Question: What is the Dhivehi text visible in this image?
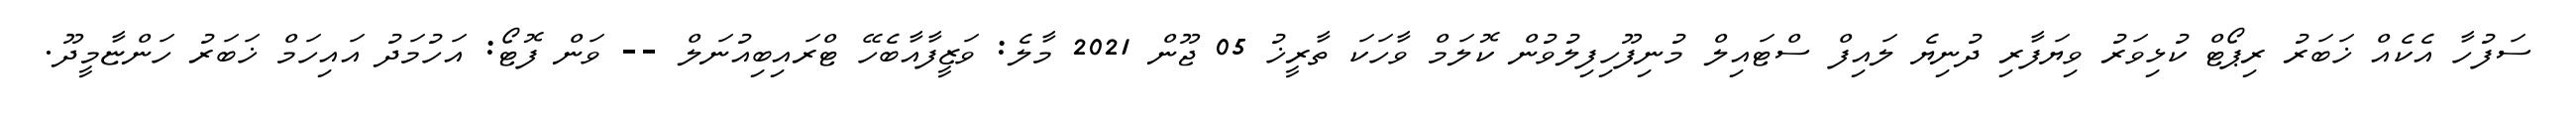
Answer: ސަފުހާ އެކެއް ޚަބަރު ރިޕޯޓް ކުޅިވަރު ވިޔަފާރި ދުނިޔެ ލައިފް ސްޓައިލް މުނިފޫހިފިލުވުން ކޮލަމް ވާހަކަ ތާރީޚު 05 ޖޫން 2021 މާލެ: ވަޒީފާއާބެހޭ ޓްރައިބިއުނަލް -- ވަން ފޮޓޯ: އަހުމަދު އައިހަމް ޚަބަރު ހަންޏާމީދޫ.